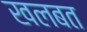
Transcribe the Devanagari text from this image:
खलबत